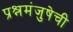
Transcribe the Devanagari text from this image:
प्रश्नमंजुषेची